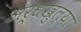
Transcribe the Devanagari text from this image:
अर्धखुल्या